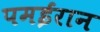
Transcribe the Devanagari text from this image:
पमईरान